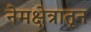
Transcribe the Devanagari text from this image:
नेमक्षेत्रातून